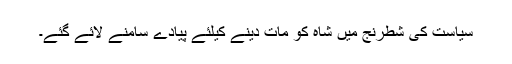
سیاست کی شطرنج میں شاہ کو مات دینے کیلئے پیادے سامنے لائے گئے۔